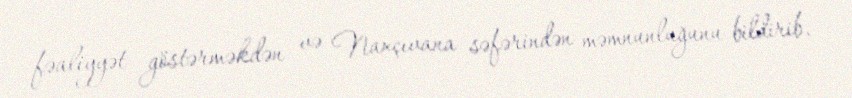
fəaliyyət göstərməkdən və Naxçıvana səfərindən məmnunluğunu bildirib.